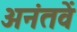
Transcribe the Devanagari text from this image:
अनंतवें